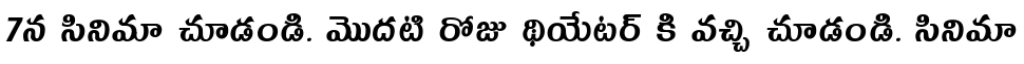
7న సినిమా చూడండి. మొదటి రోజు థియేటర్ కి వచ్చి చూడండి. సినిమా